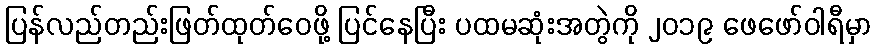
ပြန်လည်တည်းဖြတ်ထုတ်ဝေဖို့ ပြင်နေပြီး ပထမဆုံးအတွဲကို ၂၀၁၉ ဖေဖော်ဝါရီမှာ